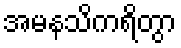
အမနသိကရိတွာ